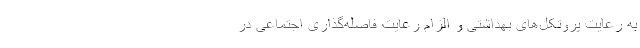
به رعایت پروتکل‌های بهداشتی و الزام رعایت فاصله‌گذاری اجتماعی در